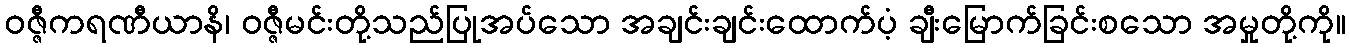
ဝဇ္ဇီကရဏီယာနိ၊ ဝဇ္ဇီမင်းတို့သည်ပြုအပ်သော အချင်းချင်းထောက်ပံ့ ချီးမြောက်ခြင်းစသော အမှုတို့ကို။